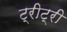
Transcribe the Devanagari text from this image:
ट्रीट्री